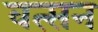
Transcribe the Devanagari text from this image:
वत्सन